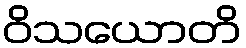
ဝိသယောတိ